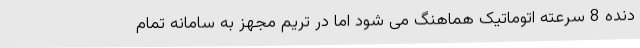
دنده 8 سرعته اتوماتیک هماهنگ می شود اما در تریم مجهز به سامانه تمام